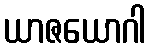
ယာဇယောဂါ